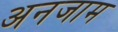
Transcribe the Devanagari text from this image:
अनजाम